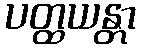
ပတ္ထယန္တာ